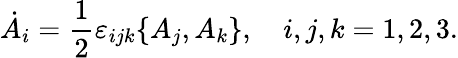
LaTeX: \dot{A}_{i}=\frac{1}{2}\varepsilon_{ijk}\{ A_{j},A_{k}\} ,\quad i,j,k=1,2,3.